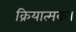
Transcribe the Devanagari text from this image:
क्रियात्मक।